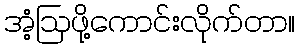
အံ့ဩဖို့ကောင်းလိုက်တာ။